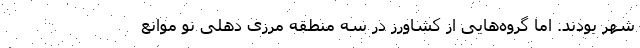
شهر بودند. اما گروه‌هایی از کشاورز در سه منطقه مرزی دهلی نو موانع